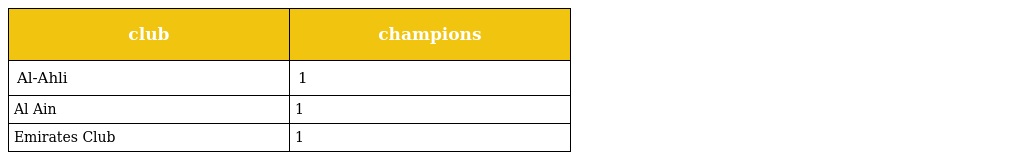
| club | champions |
 | --- | --- |
 | Al-Ahli | 1 |
 | Al Ain | 1 |
 | Emirates Club | 1 |